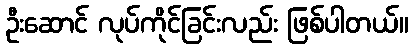
ဦးဆောင် လုပ်ကိုင်ခြင်းလည်း ဖြစ်ပါတယ်။